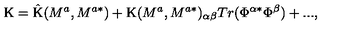
\mathrm { K } = \mathrm { \^ { K } } ( M ^ { a } , M ^ { a * } ) + \mathrm { { K } } ( M ^ { a } , M ^ { a * } ) _ { \alpha \beta } T r ( \Phi ^ { \alpha * } \Phi ^ { \beta } ) + . . . ,